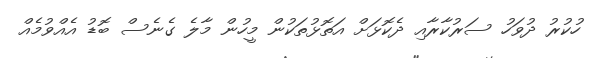
ހުކުރު ދުވަހު ސަރުކާރާއި ދެކޮޅަށް އަތޮޅުތަކުން މީހުން މާލެ ގެނެސް ބޮޑު އެއްވުމެއް